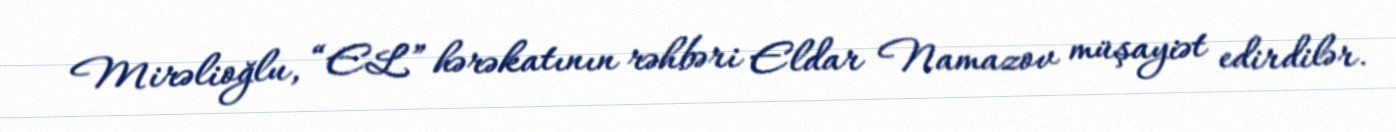
Mirəlioğlu, “EL” hərəkatının rəhbəri Eldar Namazov müşayiət edirdilər.